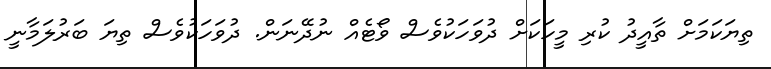
ތިޔަކަމަށް ތާއީދު ކުރި މީހަކަށް ދުވަހަކުވެސް ވޯޓެއް ނުދޭނަން. ދުވަހަކުވެސް ތިޔަ ބަރުލަމާނީ